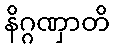
နိဂ္ဂဏှာတိ